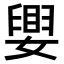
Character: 𫱴